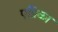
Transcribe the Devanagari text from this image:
एप्रिका